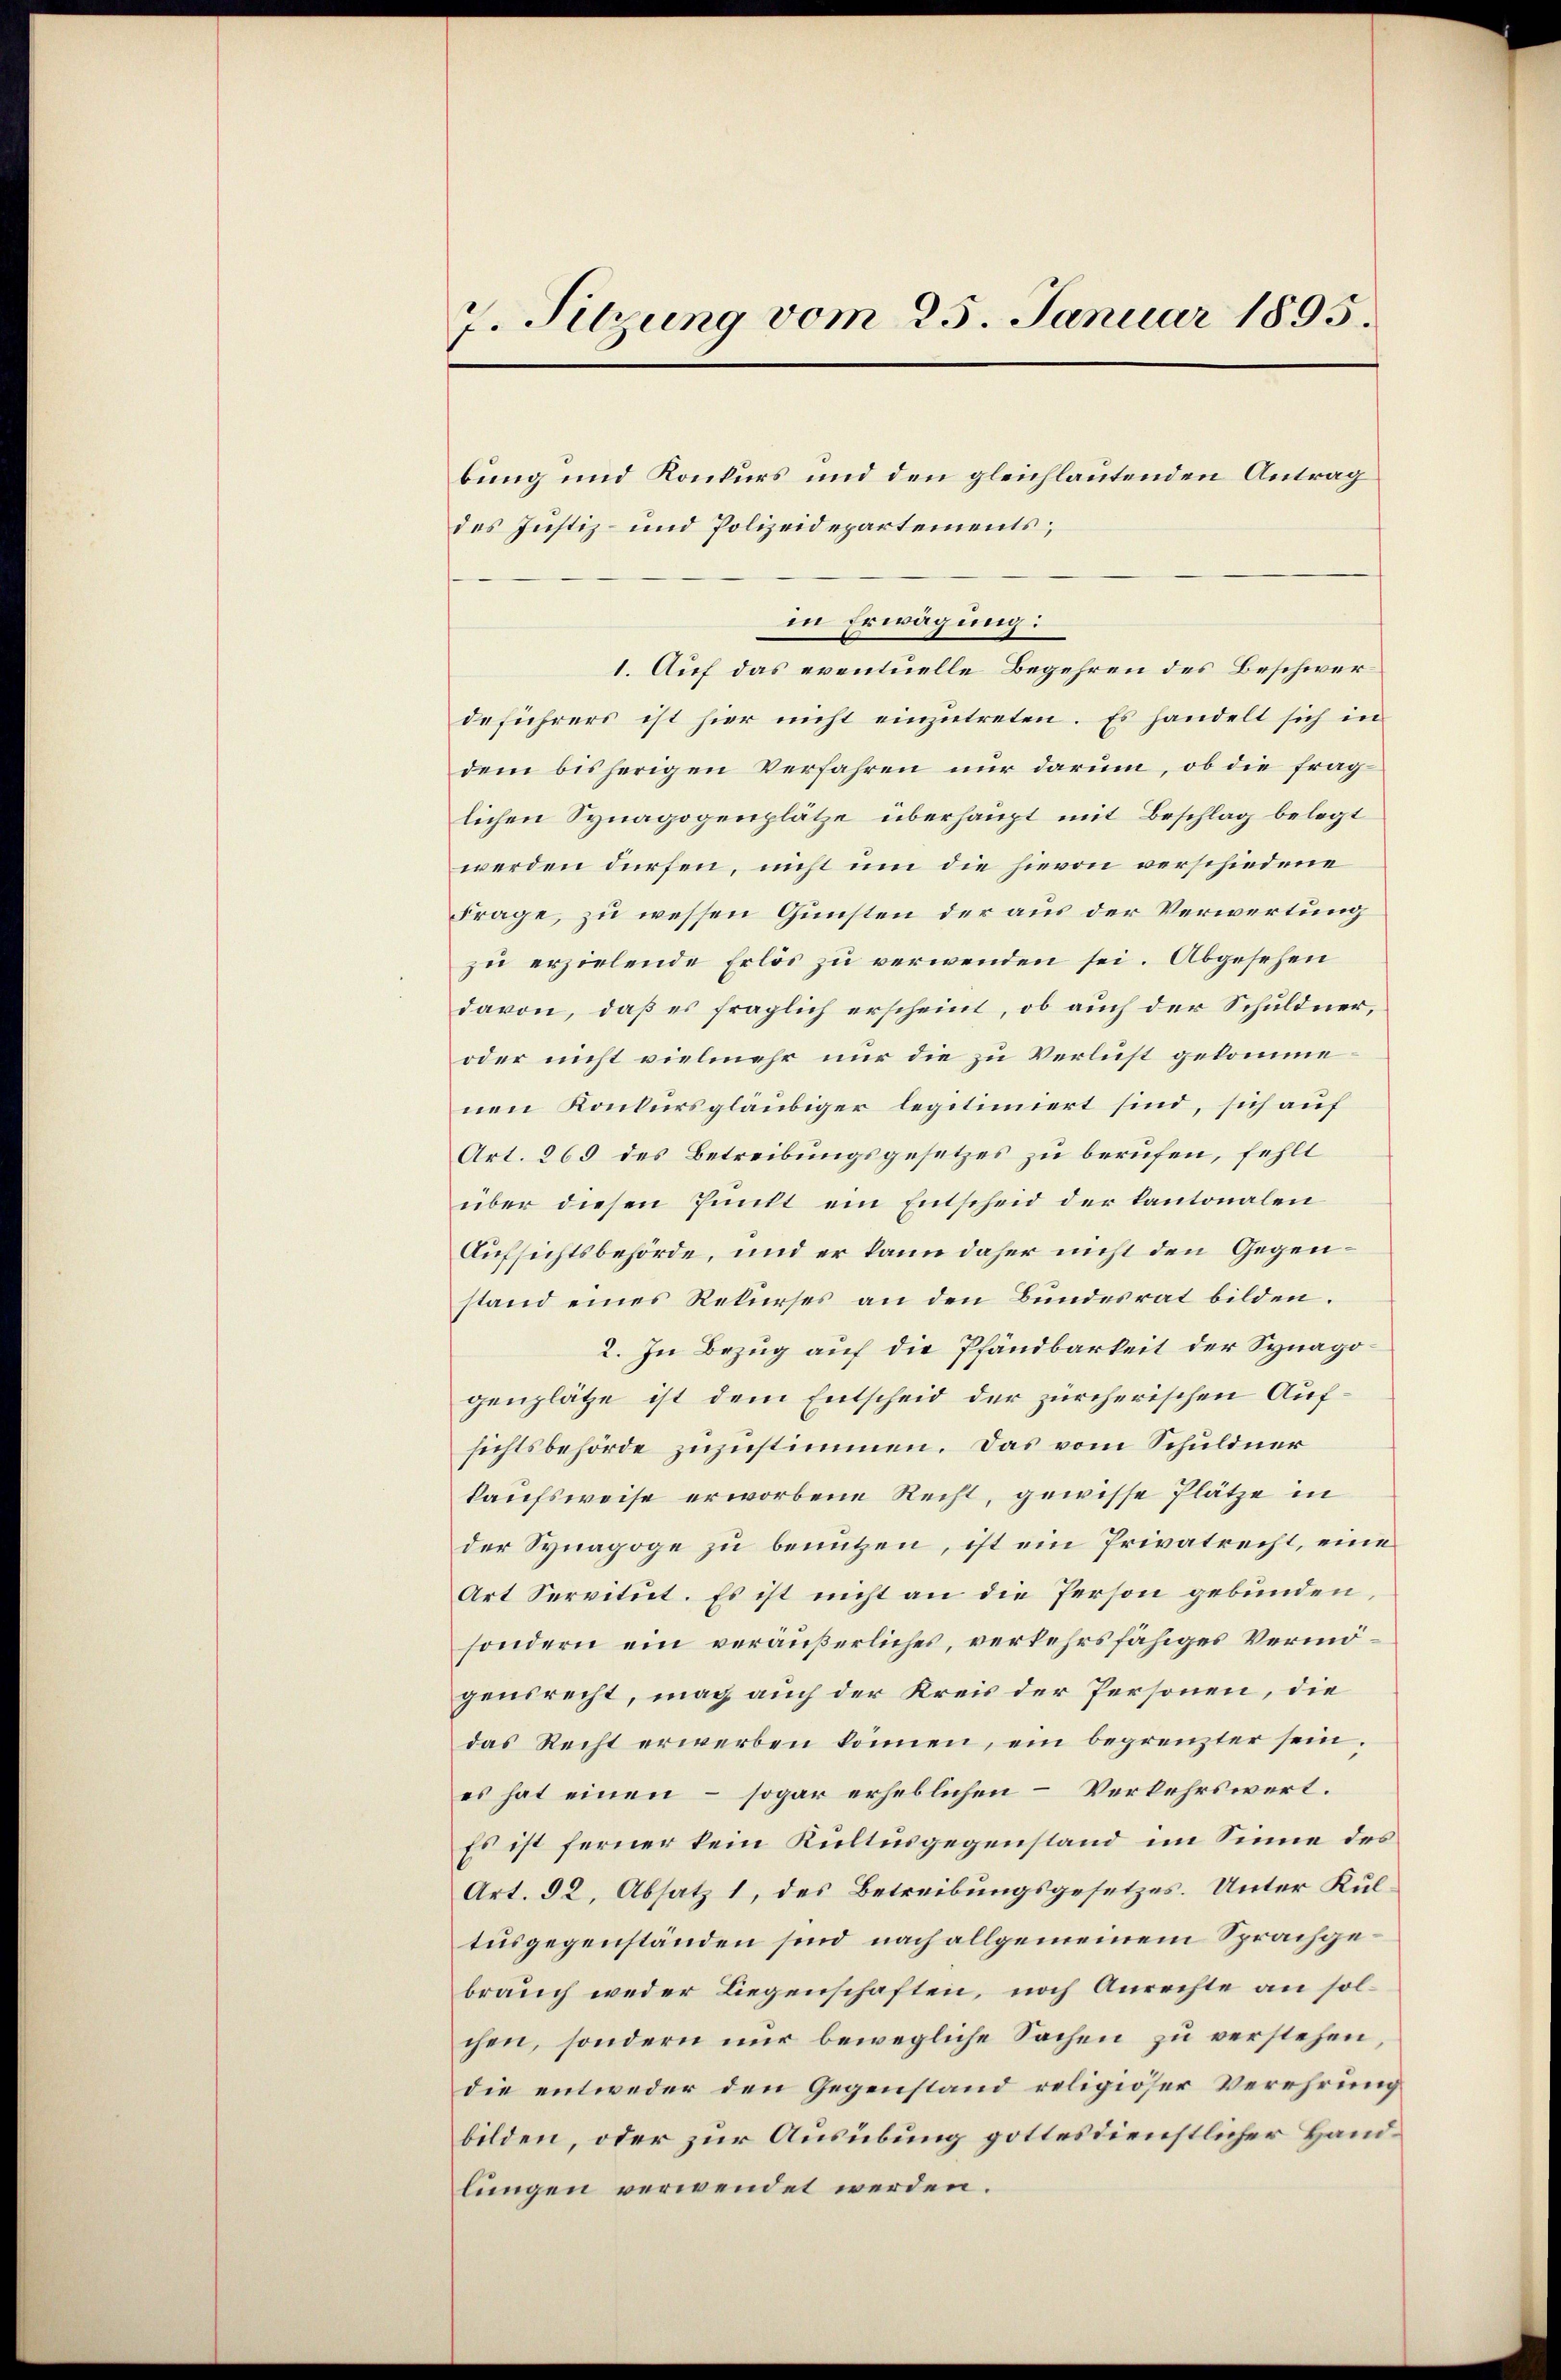
7. Sitzung vom 25. Januar 1895.

bung und Konkurs und den gleichlautenden Antrag
des Justiz- und Polizeidepartements;
in Erwägung:
1. Auf das eventuelle Begehren des Beschwerdeführers ist hier nicht einzutreten. Es handelt sich in
dem bisherigen Verfahren nur darum, ob die fraglichen Synagogenplätze überhaupt mit Beschlag belegt
werden dürfen, nicht um die hievon verschiedene
Frage, zu wessen Gunsten der aus der Verwertung
zu erzielende Erlös zu verwenden sei. Abgesehen
davon, daß es fraglich erscheint, ob auch der Schuldner,
oder nicht vielmehr nur die zu Verlust gekomme
nen Konkursgläubiger legitimiert sind, sich auf
Art. 269 des Betreibungsgesetzes zu berufen, fehlt
über diesen Punkt ein Entscheid der Kantonalen
Aufsichtsbehörde, und er kann daher nicht den Gegenstand eines Rekurses an den Bundesrat bilden.
2. In Bezug auf die Pfandbarkeit der Synagogenplätze ist dem Entscheid der zürcherischen Aufsichtsbehörde zuzustimmen. Das vom Schuldner
kaufsweise erworbene Recht, gewisse Plätze in
der Synagoge zu benutzen, ist ein Privatrecht, eine
Art Servitut. Es ist nicht an die Person gebunden,
sondern ein veräußerliches, verkehrsfähiges Vermögendrecht, mag auch der Kreis der Personen, die
das Recht erwerben können, ein begrenzter sein.
es hat einen – sogar erheblichen Verkehrswert.
Es ist ferner kein Kultusgegenstand im Sinne des
Art. 52, Absatz 1, des Betreibungsgesetzes. Unter Kultusgegenständen sind, nach allgemeinem Sprachgebrauch weder Liegenschaften, noch Anrechte an solchen, sondern nur bewegliche Sachen zu verstehen,
die entweder den Gegenstand religiöser Verehrung
bilden, oder zur Ausübung gottesdienstlicher Handlungen verwendet werden.